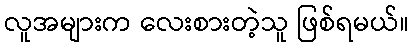
လူအများက လေးစားတဲ့သူ ဖြစ်ရမယ်။